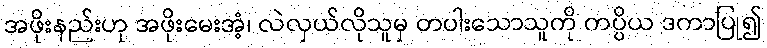
အဖိုးနည်းဟု အဖိုးမေးအံ့၊ လဲလှယ်လိုသူမှ တပါးသောသူကို ကပ္ပိယ ဒကာပြု၍